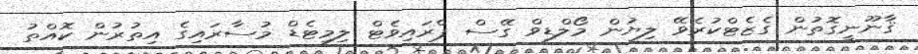
ޤާނޫނީގޮތުން ގެޒެޓްކުރެވޭ ލިޔުން މޯލްޑިވް ގޭސް ޕްރައިވެޓް ލިމިޓެޑް މުސާރައިގެ އިތުރުން ކޮއްތު